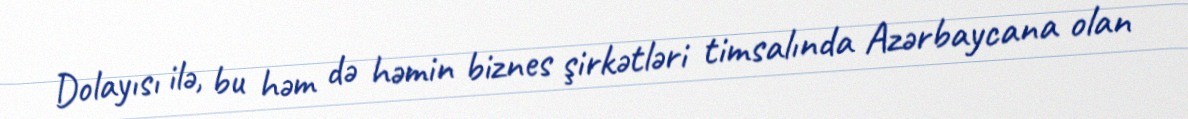
Dolayısı ilə, bu həm də həmin biznes şirkətləri timsalında Azərbaycana olan